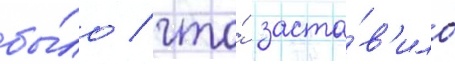
бы́ло / что́ заста́в'ило